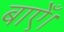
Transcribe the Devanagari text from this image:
बाएँ।